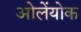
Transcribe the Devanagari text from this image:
ओलेंयोक